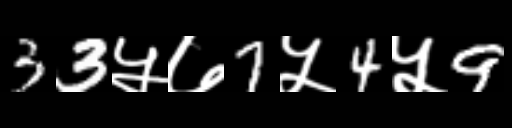
Text: 33५७7५4५9